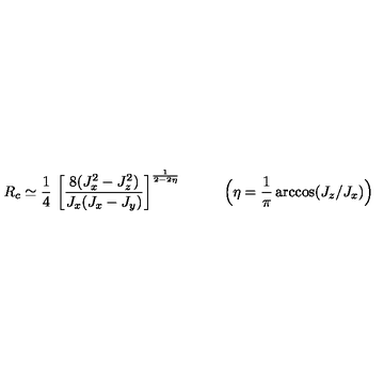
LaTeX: R _ { c } \simeq \frac { 1 } { 4 } \ \bigg [ \frac { 8 ( J _ { x } ^ { 2 } - J _ { z } ^ { 2 } ) } { J _ { x } ( J _ { x } - J _ { y } ) } \bigg ] ^ { \frac { 1 } { 2 - 2 \eta } } \quad \qquad \Big ( \eta = \frac { 1 } { \pi } \arccos ( J _ { z } / J _ { x } ) \Big )